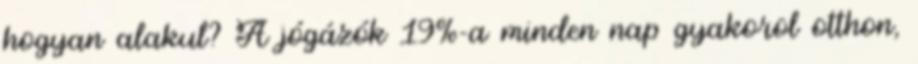
hogyan alakul? A jógázók 19%-a minden nap gyakorol otthon,